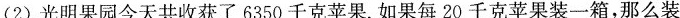
(2)光明果园今天共收获了6350千克苹果.如果每20千克苹果装一箱，那么装